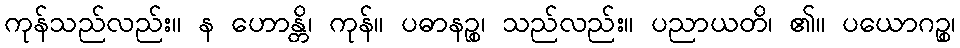
ကုန်သည်လည်း။ န ဟောန္တိ၊ ကုန်။ ပဓာနဉ္စ၊ သည်လည်း။ ပညာယတိ၊ ၏။ ပယောဂဉ္စ၊